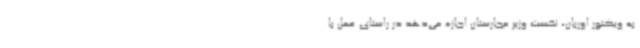
به ویکتور اوربان، نخست‌ وزیر مجارستان اجازه می‌دهد در راستای عمل با